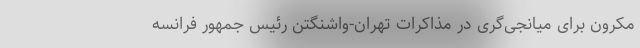
مکرون برای میانجی‌گری در مذاکرات تهران-واشنگتن رئیس جمهور فرانسه